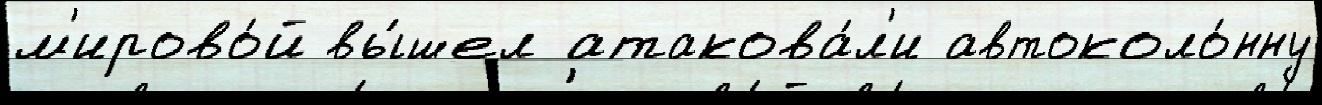
м'ирово́й вы́шел атакова́л'и автоколо́нну